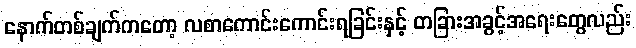
နောက်တစ်ချက်ကတော့ လစာကောင်းကောင်းရခြင်းနှင့် တခြားအခွင့်အရေးတွေလည်း